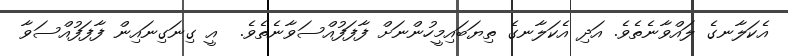
އެކަލާނގެ ލައްވާނެތެވެ. އަދި އެކަލާނގެ ތިޔަބައިމީހުންނަށް ފާފަފުއްސަވާނެތެވެ.  އީ ގިނަގިނައިން ފާފަފުއްސަވާ